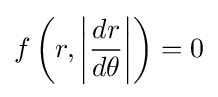
f\left(r,\left|{\frac {dr}{d\theta }}\right|\right)=0